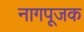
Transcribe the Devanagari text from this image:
नागपूजक